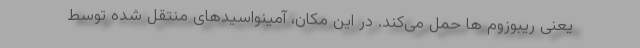
یعنی ریبوزوم ها حمل می‌کند. در این مکان، آمینواسیدهای منتقل شده توسط